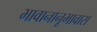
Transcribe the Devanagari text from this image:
भावानानूभावास